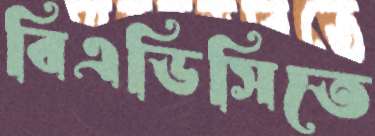
বিএডিসিতে